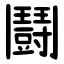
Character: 鬪